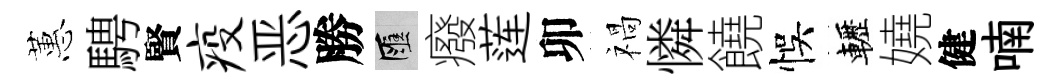
蕙騁賢疫恶勝匯癈莲卯禍憐饒悞轣嬈健喃